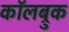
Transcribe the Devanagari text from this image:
कॉलब्रुक